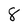
Character: 8